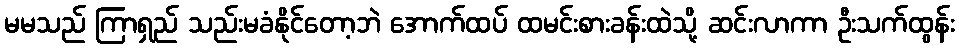
မမသည် ကြာရှည် သည်းမခံနိုင်တော့ဘဲ အောက်ထပ် ထမင်းစားခန်းထဲသို့ ဆင်းလာကာ ဦးသက်ထွန်း